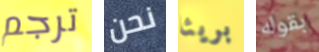
ترجم نحن بريئا بقوله